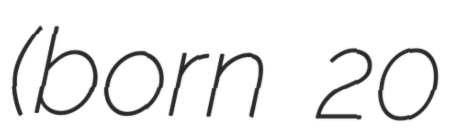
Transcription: (born 20